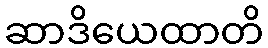
ဆာဒိယေထာတိ